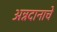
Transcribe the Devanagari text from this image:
अन्नदानाचे